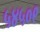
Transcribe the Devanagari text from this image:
५४५०९